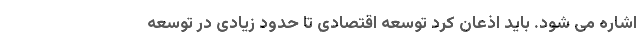
اشاره می شود. باید اذعان کرد توسعه اقتصادی تا حدود زیادی در توسعه